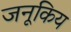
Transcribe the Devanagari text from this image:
जनूकिय